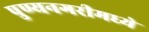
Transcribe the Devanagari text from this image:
पुण्यनगरीमध्ये